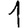
Digit: 1